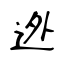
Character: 迯